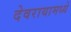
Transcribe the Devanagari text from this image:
देवरायामध्ये